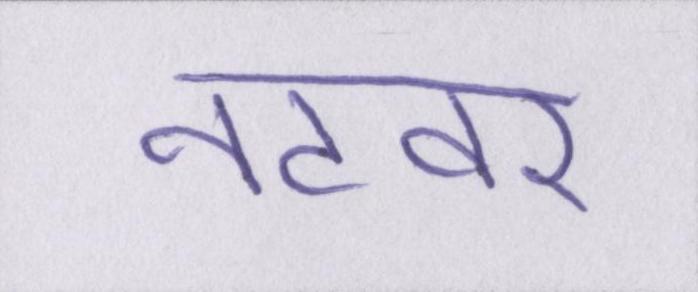
नटवर